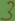
Text: 3